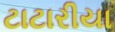
ટાટારીયા